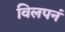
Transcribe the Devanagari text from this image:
विलपनं